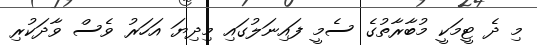
މި ދެ ޓީމަކީ މުބާރާތުގެ ސެމީ ފައިނަލުގައި މިދިޔަ އަހަރު ވެސް ވާދަކުރި